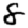
Digit: 8